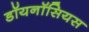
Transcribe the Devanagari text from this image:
डॉयनॉसियस